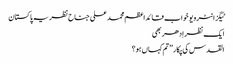
ٹیگزانٹرویو خواب قائداعظم محمد علی جناح نظریہ پاکستان
ایک نظر اِدھر بھی
القدس کی پکار ’’تم کہاں ہو؟